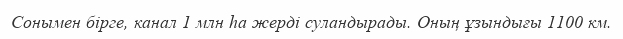
Сонымен бірге, канал 1 млн ha жерді суландырады. Оның ұзындығы 1100 км.